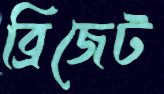
ব্রিজেট